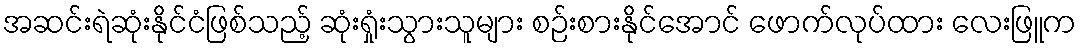
အဆင်းရဲဆုံးနိုင်ငံဖြစ်သည့် ဆုံးရှုံးသွားသူများ စဉ်းစားနိုင်အောင် ဖောက်လုပ်ထား လေးဖြူက